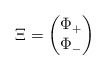
\begin{align*}\Xi = \begin{pmatrix} \Phi_+\\ \Phi_-\end{pmatrix}\end{align*}